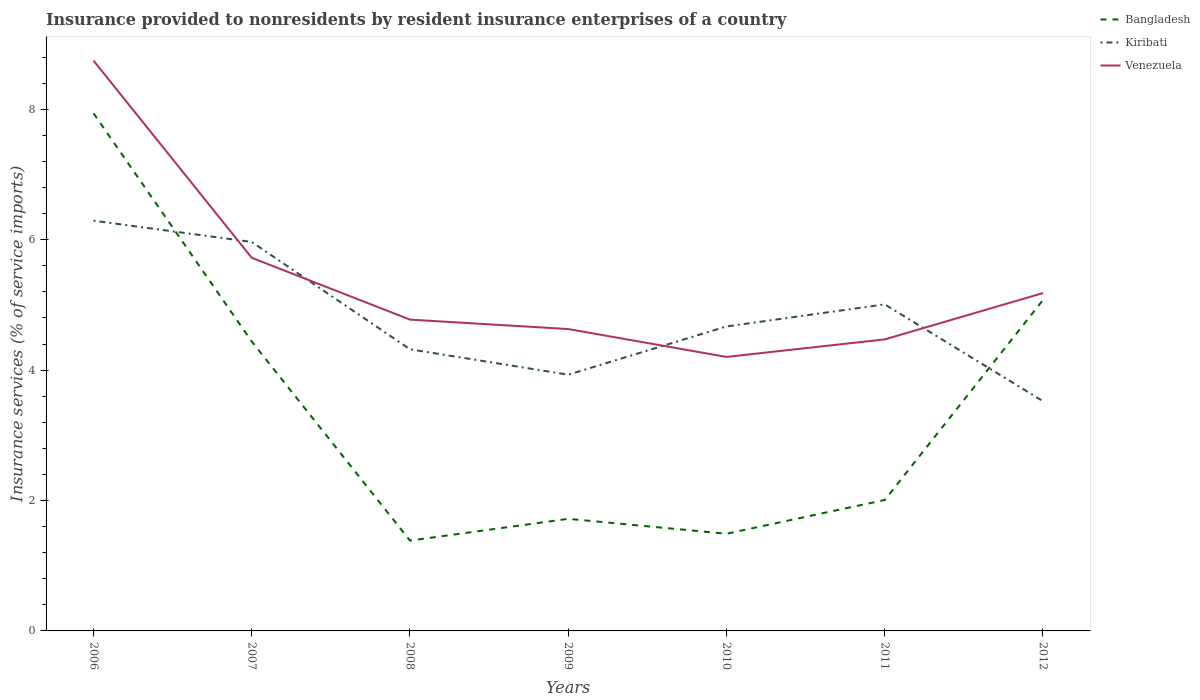
| Years | Bangladesh | Kiribati | Venezuela |
 | --- | --- | --- | --- |
 | 2006 | 7.94 | 6.29 | 8.75 |
 | 2007 | 4.44 | 5.97 | 5.72 |
 | 2008 | 1.39 | 4.32 | 4.77 |
 | 2009 | 1.72 | 3.93 | 4.63 |
 | 2010 | 1.49 | 4.67 | 4.2 |
 | 2011 | 2.01 | 5.01 | 4.47 |
 | 2012 | 5.08 | 3.52 | 5.18 |